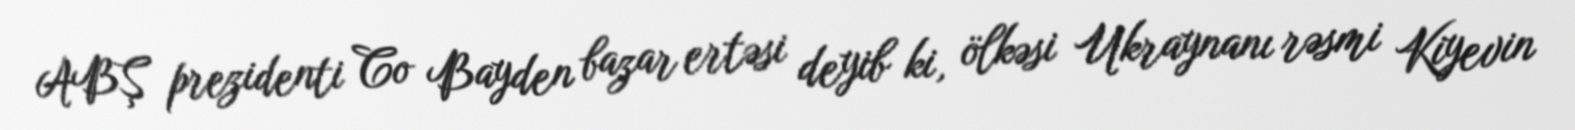
ABŞ prezidenti Co Bayden bazar ertəsi deyib ki, ölkəsi Ukraynanı rəsmi Kiyevin